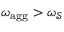
\omega _ { \mathrm { a g g } } > \omega _ { \mathcal { S } }